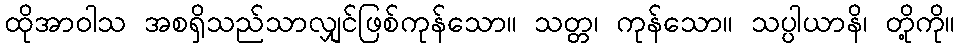
ထိုအာဝါသ အစရှိသည်သာလျှင်ဖြစ်ကုန်သော။ သတ္တ၊ ကုန်သော။ သပ္ပါယာနိ၊ တို့ကို။